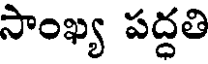
సాంఖ్య పద్ధతి